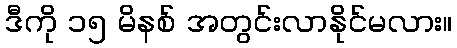
ဒီကို ၁၅ မိနစ် အတွင်းလာနိုင်မလား။